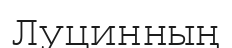
Луцинның